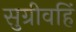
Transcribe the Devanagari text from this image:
सुग्रीवहिं